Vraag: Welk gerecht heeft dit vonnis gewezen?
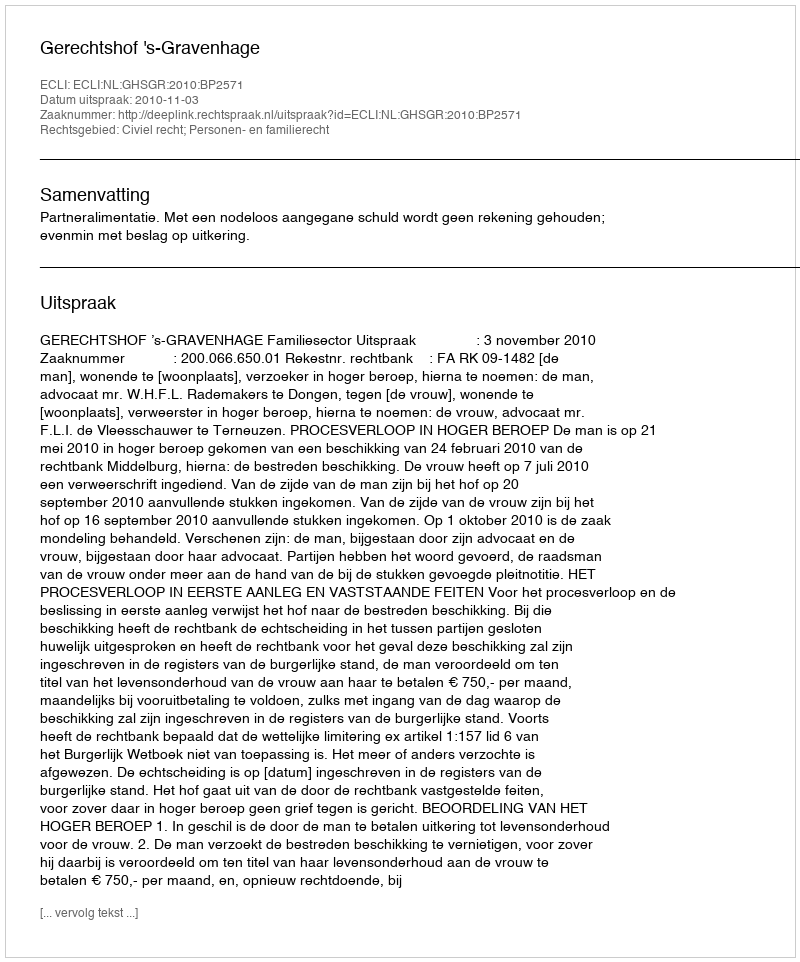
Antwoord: Gerechtshof 's-Gravenhage